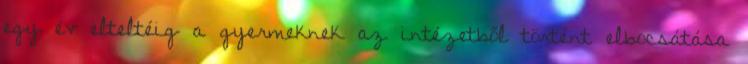
egy év elteltéig a gyermeknek az intézetből történt elbocsátása